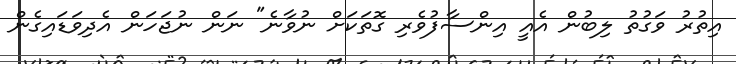
އިތުރު ވަގުތު ލިބުން އެއީ އިންސާފުވެރި ގޮތަކަށް ނުވާނެ" ނަން ނުޖަހަން އެދިވަޑައިގެން